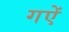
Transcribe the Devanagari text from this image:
गऐं